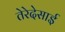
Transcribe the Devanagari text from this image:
तेरेदेसाई